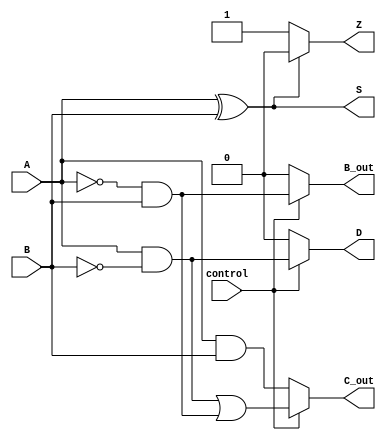
module ALU(input wire A, input wire B, input wire control, output reg S, output reg D, output reg Z, output reg C_out, output reg B_out);

    wire N, P;

    assign N = A & ~B;
    assign P = ~A & B;

    always @(A, B, control)
    begin
        if(control == 1'b0) // Addition
        begin
            S = A ^ B;
            C_out = A & B;
            D = 1'b0;
            B_out = 1'b0;
        end
        else // Subtraction
        begin
            S = A ^ B;
            C_out = N | P;
            D = N;
            B_out = P;
        end
    end

    always @(*)
    begin
        if(S == 1'b0)
            Z = 1'b1;
        else
            Z = 1'b0;
    end

endmodule